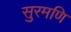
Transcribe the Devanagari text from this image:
सुरमणि